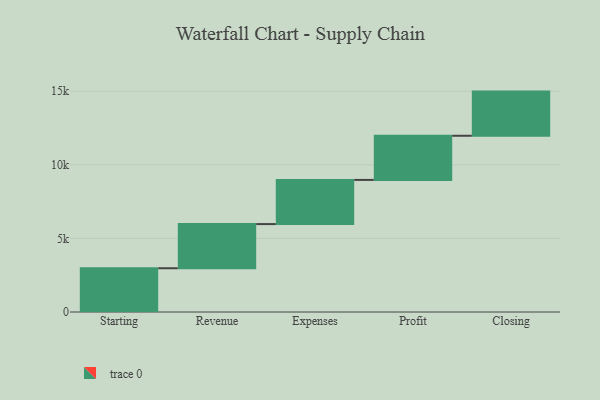
{"axis": {"x": "Step", "y": "Value"}, "legend": [""], "data": [{"x": "Starting", "y": 2972.0, "type": ""}, {"x": "Revenue", "y": 3000, "type": ""}, {"x": "Expenses", "y": 3000, "type": ""}, {"x": "Profit", "y": 3000, "type": ""}, {"x": "Closing", "y": 3000, "type": ""}]}